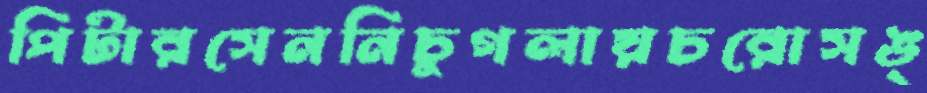
পিটারসেননিচুগলায়চরোসঙ্